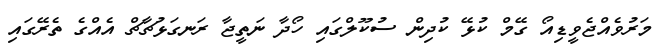
މަރުވެއްޖެވީޑިއޯ ގޭމް ކުޅޭ ކުދިން ސުކޫލްގައި ހޯދާ ނަތީޖާ ރަނގަޅުޗާޗް އެއްގެ ތެރޭގައި